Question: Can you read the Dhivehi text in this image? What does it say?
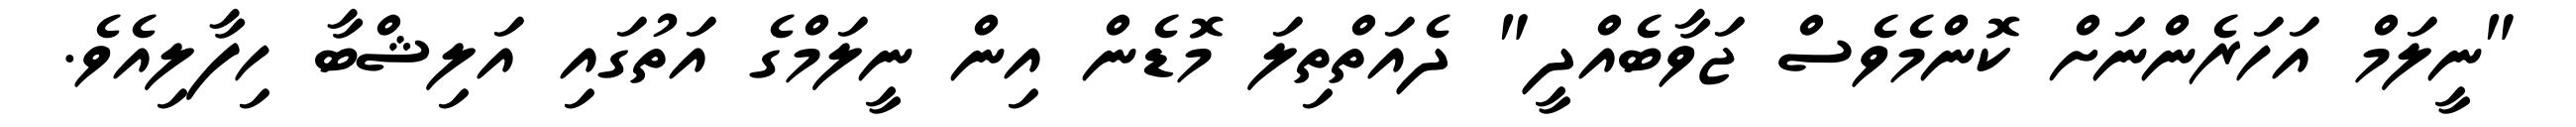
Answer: "ނީލަމް އަހަރެންނަށް ކޮންމެވެސް ޖަވާބެއްދީ" ދެއަތްތިލަ މޮޑެން އިން ނީލަމްގެ އަތުގައި އަލިޝްބާ ހިފާލިއެވެ.